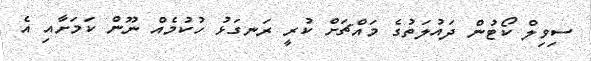
ސިވިލް ކޯޓުން ދައުލަތުގެ މައްޗަށް ކުރީ ރަނގަޅު ހުކުމެއް ނޫން ކަމަށާއި އެ